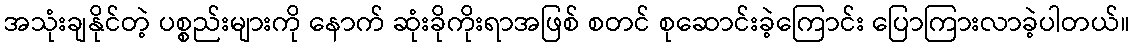
အသုံးချနိုင်တဲ့ ပစ္စည်းများကို နောက် ဆုံးခိုကိုးရာအဖြစ် စတင် စုဆောင်းခဲ့ကြောင်း ပြောကြားလာခဲ့ပါတယ်။